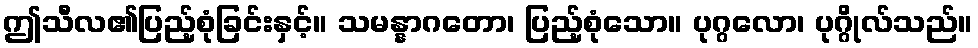
ဤသီလ၏ပြည့်စုံခြင်းနှင့်။ သမန္နာဂတော၊ ပြည့်စုံသော။ ပုဂ္ဂလော၊ ပုဂ္ဂိုလ်သည်။